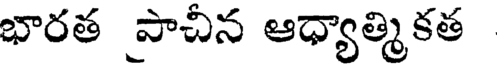
భారత పాచీన ఆధ్యాత్మికత